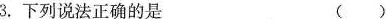
3.下列说法正确的是 ()